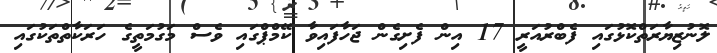
ލޮނުޒިޔާރަތްކޮޅުގައި ފެބްރުއަރީ 17 އިން ފެށިގެން ޖަހާފައިވާ ކޭމްޕްގައި ވެސް މަގުމަތީގެ ހަރަކާތްތަކުގައި